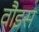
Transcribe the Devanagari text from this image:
वौइस